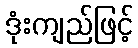
ဒုံးကျည်ဖြင့်